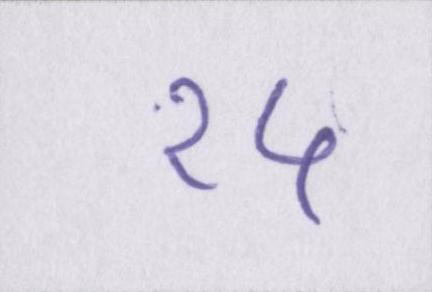
१५